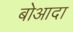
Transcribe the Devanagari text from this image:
बोआदा